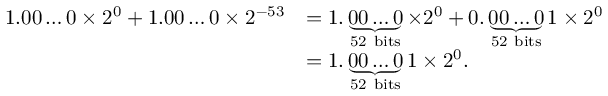
{ \begin{array} { r l } { 1 . 0 0 \ldots 0 \times 2 ^ { 0 } + 1 . 0 0 \ldots 0 \times 2 ^ { - 5 3 } } & { = 1 . \underbrace { 0 0 \ldots 0 } _ { \mathrm { 5 2 ~ b i t s } } \times 2 ^ { 0 } + 0 . \underbrace { 0 0 \ldots 0 } _ { \mathrm { 5 2 ~ b i t s } } 1 \times 2 ^ { 0 } } \\ & { = 1 . \underbrace { 0 0 \ldots 0 } _ { \mathrm { 5 2 ~ b i t s } } 1 \times 2 ^ { 0 } . } \end{array} }